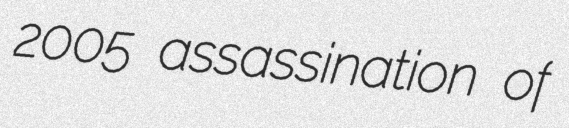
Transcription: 2005 assassination of